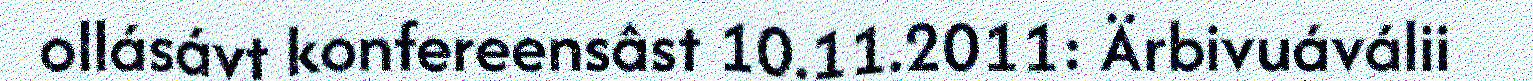
ollásávt konfereensâst 10.11.2011: Ärbivuáválii